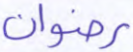
رضوان